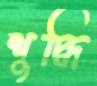
শুদ্ধি